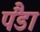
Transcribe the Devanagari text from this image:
पैंडा